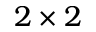
2 \times 2